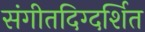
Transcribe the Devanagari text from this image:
संगीतदिग्दर्शित